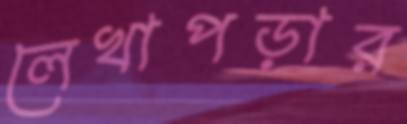
লেখাপড়ার